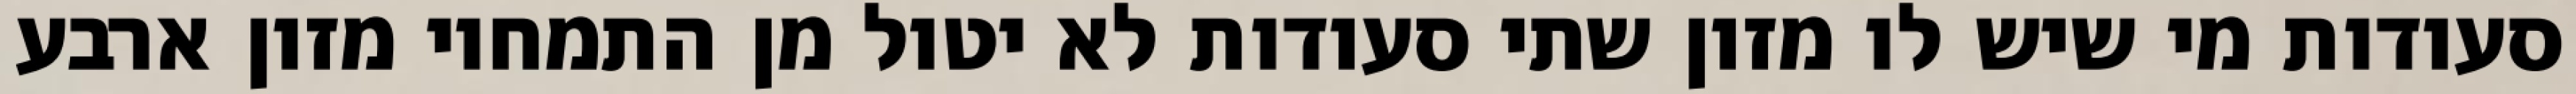
סעודות מי שיש לו מזון שתי סעודות לא יטול מן התמחוי מזון ארבע